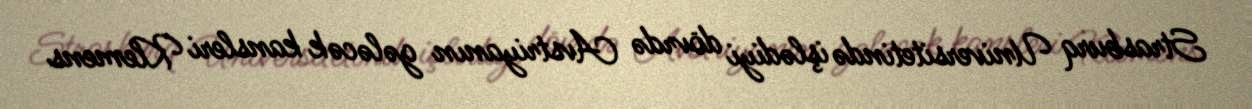
Strasburq Universitetində işlədiyi dövrdə Avstriyanın gələcək kansleri Klemens